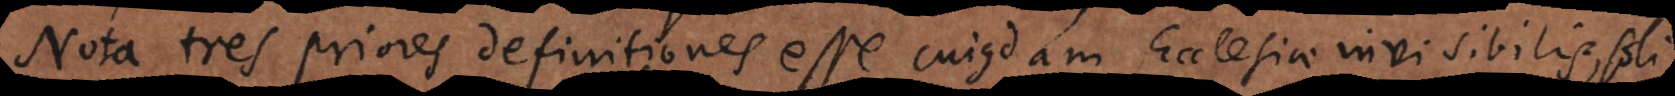
Nota tres priores definitiones esse cujusdam Ecclesiae invisibilis, soli